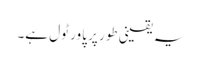
یہ یقینی طور پر پاور ٹول ہے۔